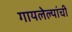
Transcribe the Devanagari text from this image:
गायलेल्यांची